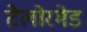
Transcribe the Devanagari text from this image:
टेलोरमेड